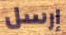
إرسل